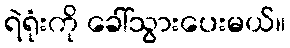
ရဲရုံးကို ခေါ်သွားပေးမယ်။